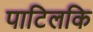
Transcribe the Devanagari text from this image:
पाटिलकि